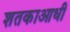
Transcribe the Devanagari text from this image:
शतकाआधी